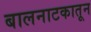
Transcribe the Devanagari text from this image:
बालनाटकातून